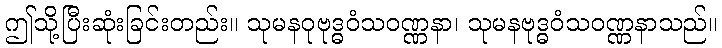
ဤသို့ပြီးဆုံးခြင်းတည်း။ သုမနဝုဗုဒ္ဓဝံသဝဏ္ဏနာ၊ သုမနဗုဒ္ဓဝံသဝဏ္ဏနာသည်။